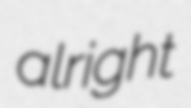
alright